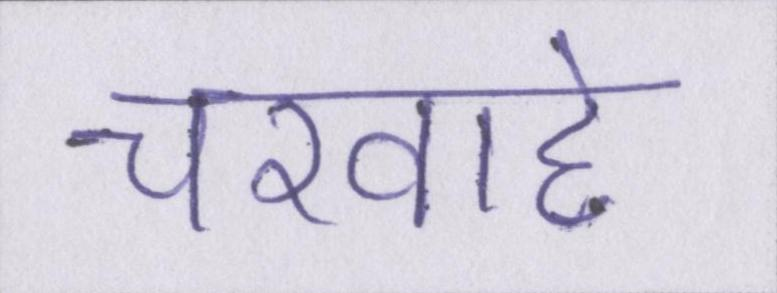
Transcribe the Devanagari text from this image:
चरवाहे